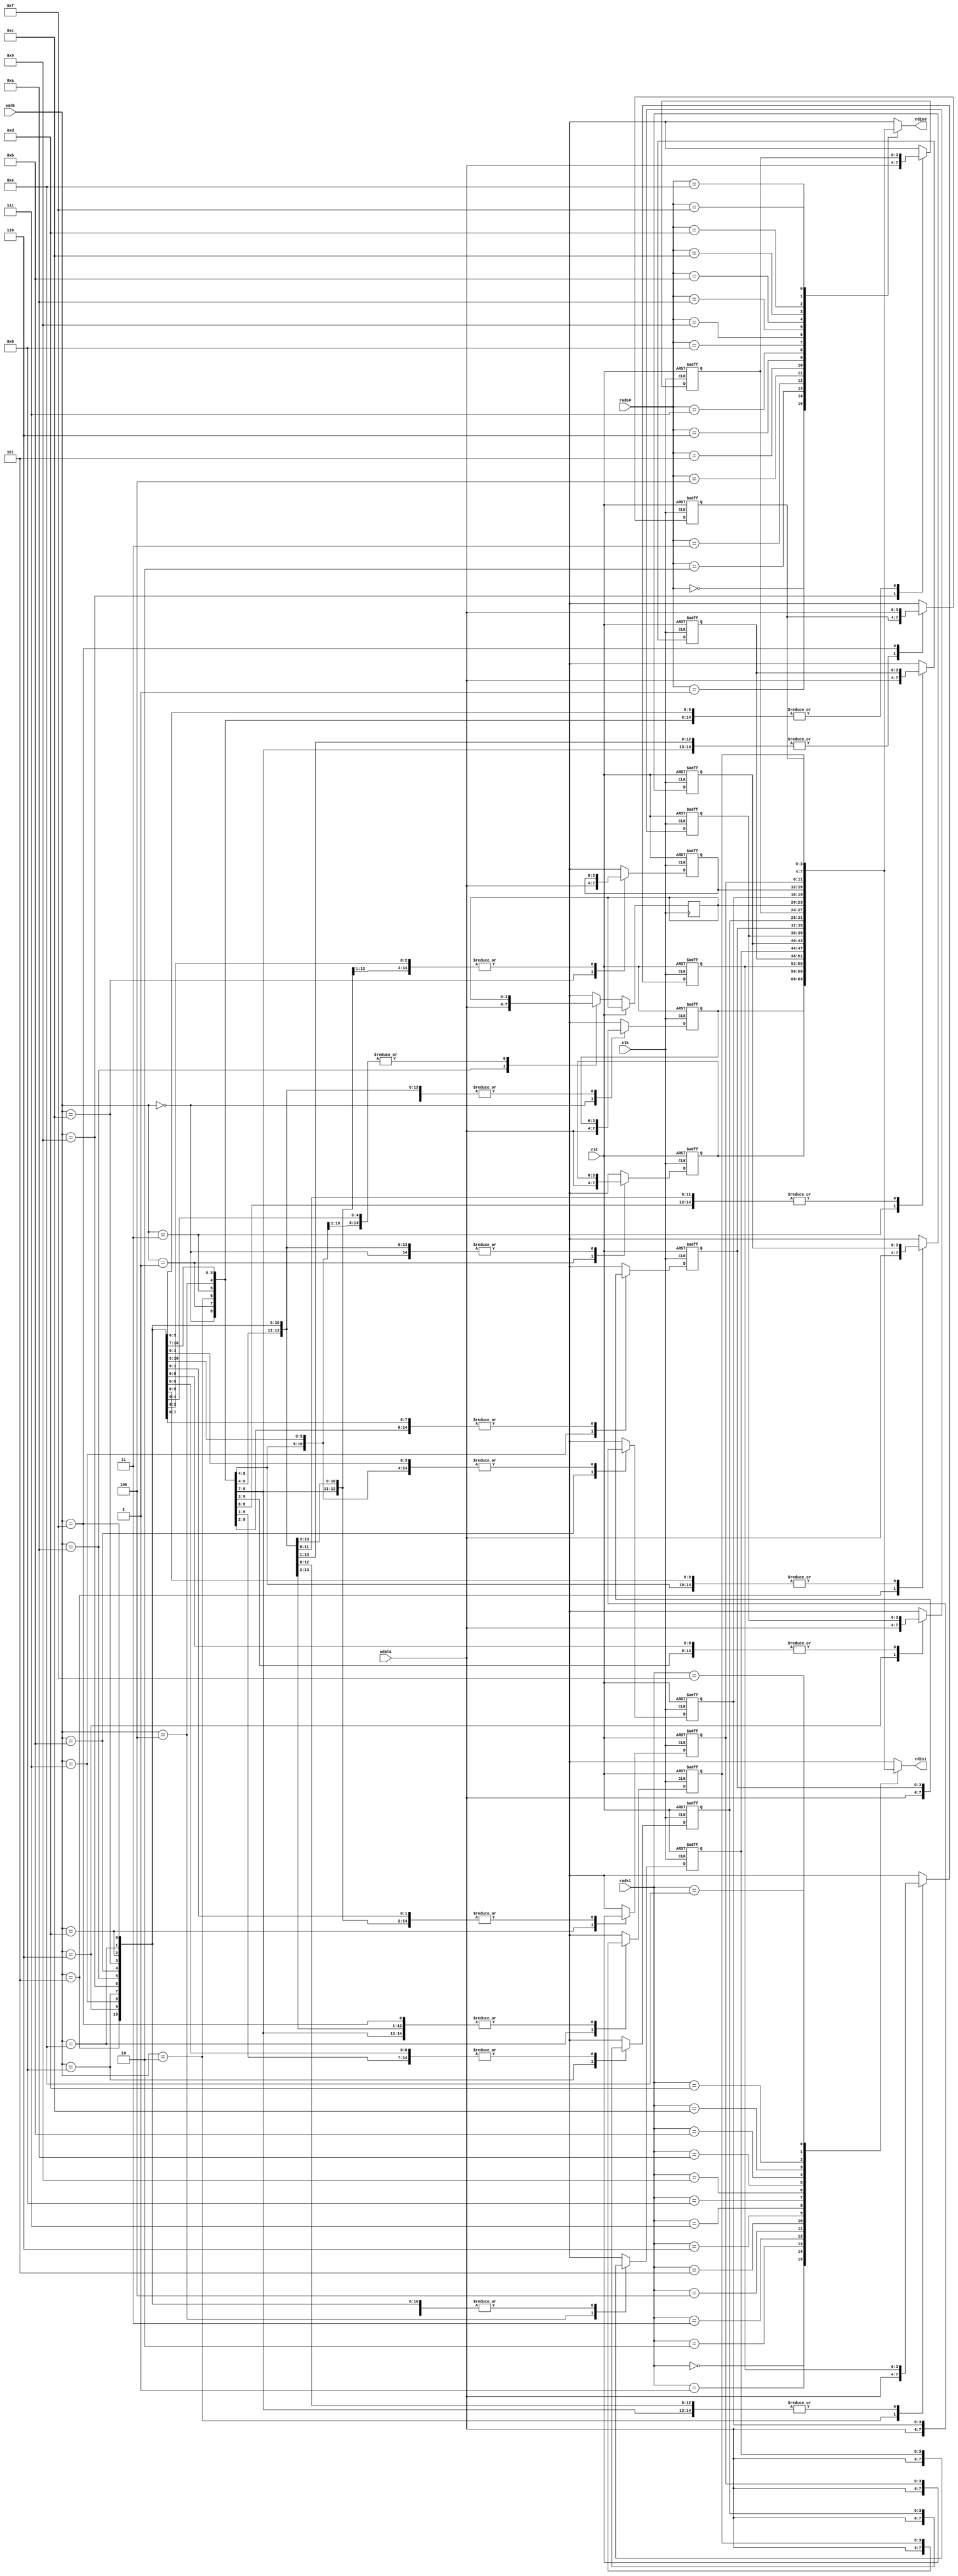
`timescale 1ns / 1ps
//////////////////////////////////////////////////////////////////////////////////
// Company: 
// Engineer: 
// 
// Design Name: 
// Module Name: Register file
// Project Name: 
// Target Devices: 
// Tool Versions: 
// Description: 
// 
// Dependencies: 
// 
// Revision:
// Revision 0.01 - File Created
// Additional Comments:
// 
//////////////////////////////////////////////////////////////////////////////////


module Register_file(
    input [3:0]rads0,rads1,wads,wdata,
    output [3:0]rdis0,rdis1,
    input clk,rst
    );
    
    parameter NUM = 16,BIT = 4;
    reg [BIT-1:0]reg_files[NUM-1:0];
    integer i;
    
    always@(posedge clk or posedge rst)
    begin
        if(rst) begin
            //for(i = 0; i < NUM; i=i+1) reg_files[i] <= 0;
            reg_files[0] = 0;
            reg_files[1] = 0;
            reg_files[2] = 0;
            reg_files[3] = 0;
            reg_files[4] = 0;
            reg_files[5] = 0;
            reg_files[6] = 0;
            reg_files[7] = 0;
            reg_files[8] = 0;
            reg_files[9] = 0;
            reg_files[11] = 0;
            reg_files[12] = 0;
            reg_files[13] = 0;
            reg_files[14] = 0;
            reg_files[15] = 0;
            end
        else reg_files[wads] = wdata;
    end
    assign rdis0 = reg_files[rads0];
    assign rdis1 = reg_files[rads1];
endmodule